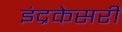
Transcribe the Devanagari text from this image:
इंद्रकेसरी